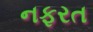
નફરત